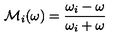
{ \cal M } _ { i } ( \omega ) = { \frac { \omega _ { i } - \omega } { \omega _ { i } + \omega } }